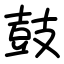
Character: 鼓